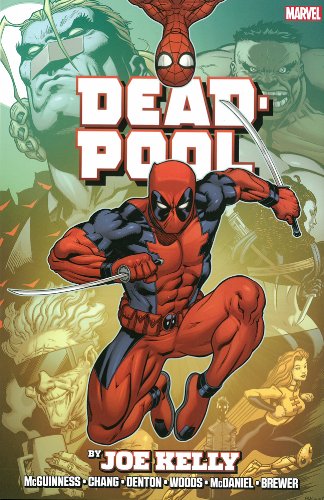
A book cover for Deadpool by Joe Kelly Omnibus; Joe Kelly; Comics & Graphic Novels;